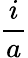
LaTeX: \frac{i}{a}